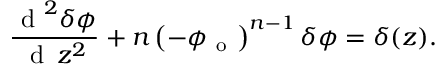
\frac { \mathrm { ~ d ~ } ^ { 2 } \delta \phi } { \mathrm { ~ d ~ } \, z ^ { 2 } } + n \left( - \phi _ { \mathrm { ~ o ~ } } \right) ^ { n - 1 } \delta \phi = \delta ( z ) .